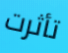
تأثرت